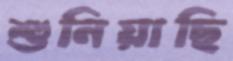
শুনিয়াছি